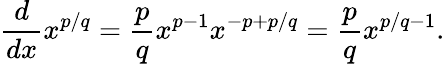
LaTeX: {\frac{d}{dx}}x^{p/q}={\frac{p}{q}}x^{p-1}x^{-p+p/q}={\frac{p}{q}}x^{p/q-1}.